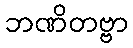
ဘဏိတဗ္ဗာ